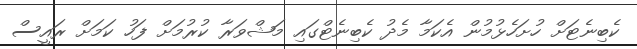
ކެބިނެޓަށް ހުށަހެޅުމުން އެކަމާ މެދު ކެބިނެޓްގައި މަޝްވަރާ ކުރުމަށް ފަހު ކަމަށް ރައީސް